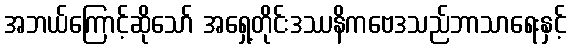
အဘယ်ကြောင့်ဆိုသော် အရှေ့တိုင်းဒဿနိကဗေဒသည်ဘာသာရေးနှင့်